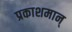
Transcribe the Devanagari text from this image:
प्रकाशमान्